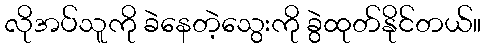
လိုအပ်သူကို ခဲနေတဲ့သွေးကို ခွဲထုတ်နိုင်တယ်။